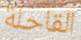
القاحلة